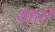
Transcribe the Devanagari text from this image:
शहरों